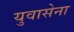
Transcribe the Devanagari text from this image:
युवासेना